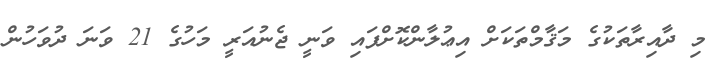
މި ދާއިރާތަކުގެ މަޤާމްތަކަށް އިޢުލާންކޮށްފައި ވަނީ ޖެނުއަރީ މަހުގެ 21 ވަނަ ދުވަހުން